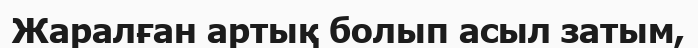
Жаралған артық болып асыл затым,